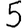
Digit: 5